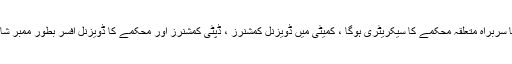
کمیٹی کا سربراہ متعلقہ محکمے کا سیکریٹری ہوگا ، کمیٹی میں ڈویزنل کمشنرز ، ڈپٹی کمشنرز اور محکمے کا ڈویزنل افسر بطور ممبر شامل ہوگا۔